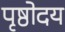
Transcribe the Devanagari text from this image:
पृष्ठोदय